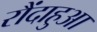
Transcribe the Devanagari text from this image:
रौंदाहुआ